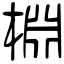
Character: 棩